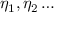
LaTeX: \eta _ { 1 } , \eta _ { 2 } \dots